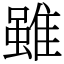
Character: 雖